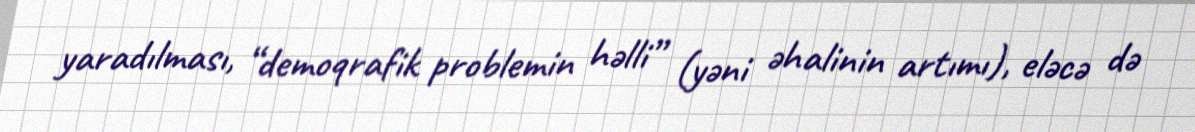
yaradılması, “demoqrafik problemin həlli” (yəni əhalinin artımı), eləcə də